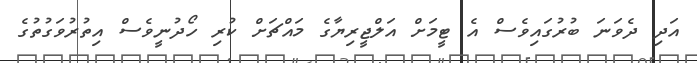
އަދި ދެވަނަ ބުރުގައިވެސް އެ ޓީމަށް އަލްޖީރިޔާގެ މައްޗަށް ކުރި ހޯދުނީވެސް އިތުރުވަގުތުގެ